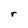
Character: r